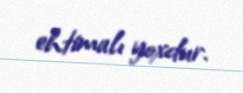
ehtimalı yoxdur.